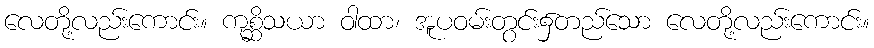
လေတို့လည်းကောင်း။ ကုစ္ဆိသယာ ဝါထာ၊ အူပဝမ်းတွင်း၌တည်သော လေတို့လည်းကောင်း။